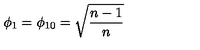
\phi _ { 1 } = \phi _ { 1 0 } = \sqrt { \frac { n - 1 } n }